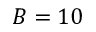
B = 1 0